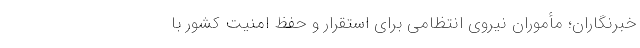
خبرنگاران؛ مأموران نیروی انتظامی برای استقرار و حفظ امنیت کشور با